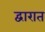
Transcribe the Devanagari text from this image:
द्वारात